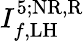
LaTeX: I_{f,\mathrm{LH}}^{5;\mathrm{NR,R}}